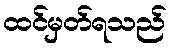
ထင်မှတ်ရသည်